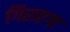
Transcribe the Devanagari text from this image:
गिराएगा